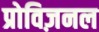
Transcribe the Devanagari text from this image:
प्रोविज़नल